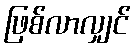
ဖြစ်လာလျှင်